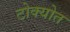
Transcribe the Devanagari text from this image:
टोक्योत